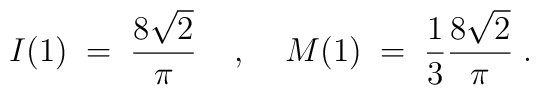
I(1) \; = \; \frac{8 \sqrt{2}}{\pi} \; \; \; \; , \; \; \; \;M(1) \; = \; \frac{1}{3} \frac{8 \sqrt{2}}{\pi} \; .